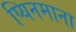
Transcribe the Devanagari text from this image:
प्यिनमाना